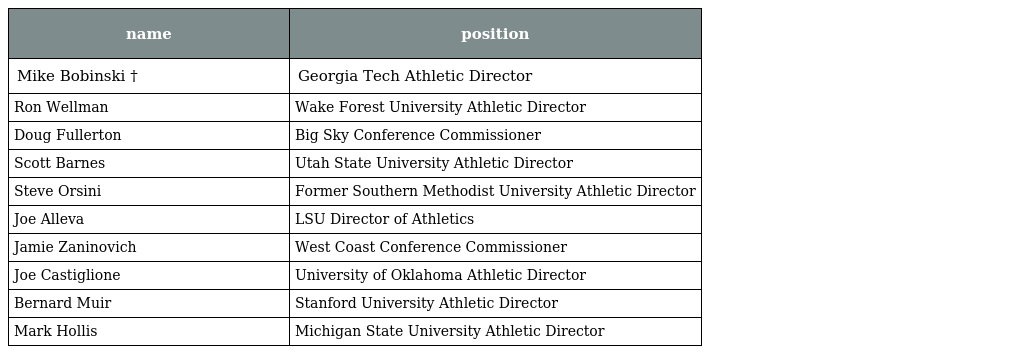
| name | position |
 | --- | --- |
 | Mike Bobinski † | Georgia Tech Athletic Director |
 | Ron Wellman | Wake Forest University Athletic Director |
 | Doug Fullerton | Big Sky Conference Commissioner |
 | Scott Barnes | Utah State University Athletic Director |
 | Steve Orsini | Former Southern Methodist University Athletic Director |
 | Joe Alleva | LSU Director of Athletics |
 | Jamie Zaninovich | West Coast Conference Commissioner |
 | Joe Castiglione | University of Oklahoma Athletic Director |
 | Bernard Muir | Stanford University Athletic Director |
 | Mark Hollis | Michigan State University Athletic Director |